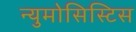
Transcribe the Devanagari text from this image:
न्युमोसिस्टिस